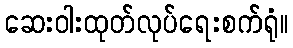
ဆေးဝါးထုတ်လုပ်ရေးစက်ရုံ။